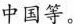
中国等。